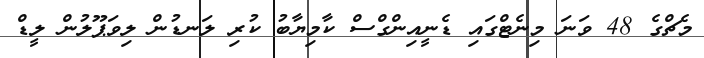
މެޗްގެ 48 ވަނަ މިނެޓްގައި ޑެނީއިންގްސް ކާމިޔާބު ކުރި ލަނޑުން ލިވަޕޫލުން ލީޑް